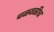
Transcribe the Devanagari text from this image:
चळवळीच